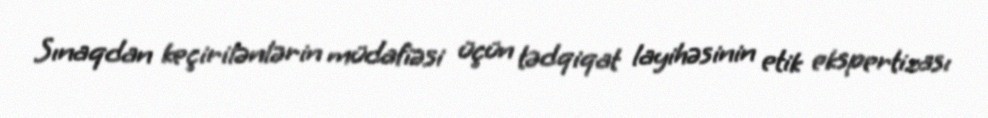
Sınaqdan keçirilənlərin müdafiəsi üçün tədqiqat layihəsinin etik ekspertizası